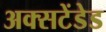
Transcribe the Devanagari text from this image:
अक्सटेंडेड